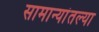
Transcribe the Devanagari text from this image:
सामान्यांतल्या